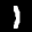
Label: 1